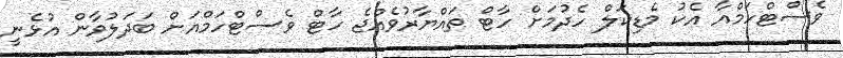
ވެސްޓްހަމްއާ އެކު މެޑިކަލް ހެދުމަށް ހާޓް ތައްޔާރުވެއްޖެ ހާޓް ވެސްޓްހަމްއަށް ބަދަލުވާން އުޅެނީ